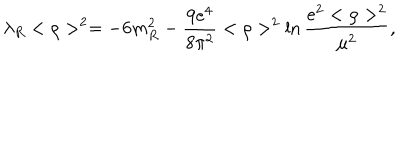
LaTeX: \lambda _ { R } < \rho > ^ { 2 } = - 6 m _ { R } ^ { 2 } - \frac { 9 e ^ { 4 } } { 8 \pi ^ { 2 } } < \rho > ^ { 2 } \ln \frac { e ^ { 2 } < \rho > ^ { 2 } } { \mu ^ { 2 } } ,